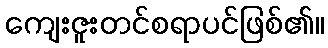
ကျေးဇူးတင်စရာပင်ဖြစ်၏။